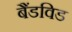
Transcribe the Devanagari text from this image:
बैंडविड